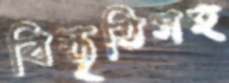
বিস্তৃতিসহ